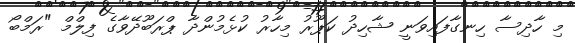
މި ހާދިސާ ހިނގާފައިވަނީ ޝާހިދު ކަޕޫރު މިހާރު ކުޅެމުންދާ ޕްރަބޫދޭވާގެ ފިލްމް "ރަމްބޯ